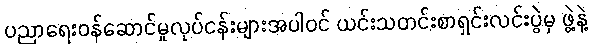
ပညာရေးဝန်ဆောင်မှုလုပ်ငန်းများအပါဝင် ယင်းသတင်းစာရှင်းလင်းပွဲမှ ဖွဲ့နဲ့